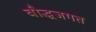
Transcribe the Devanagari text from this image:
बौद्धजगत